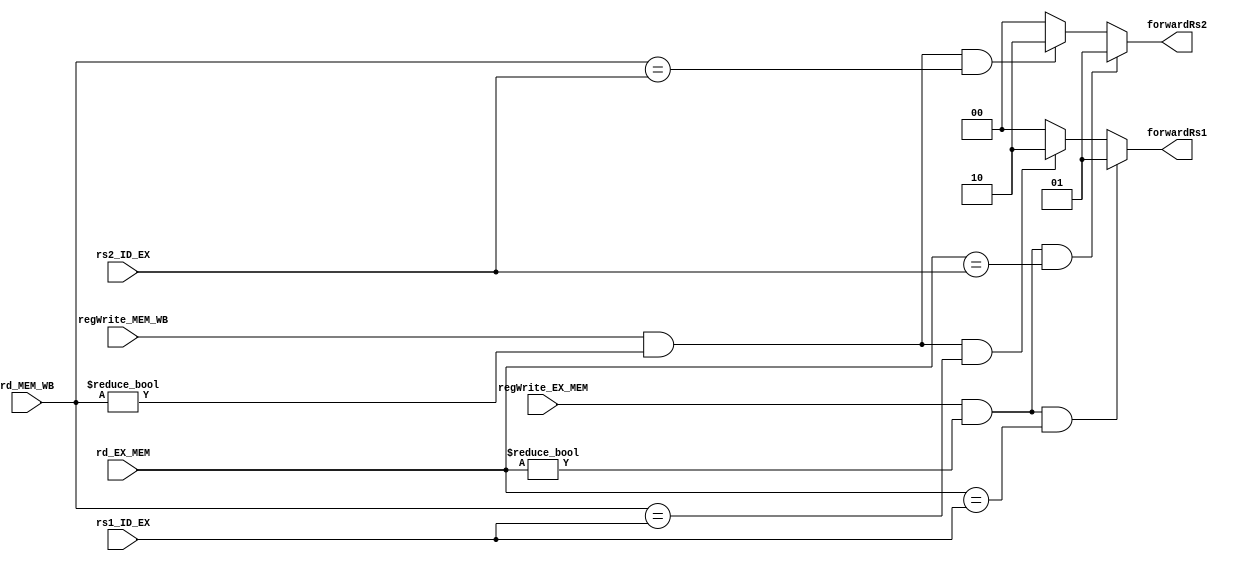
module Forwarding_unit(forwardRs1,forwardRs2,rs1_ID_EX,rs2_ID_EX,rd_EX_MEM,rd_MEM_WB,
                       regWrite_EX_MEM,regWrite_MEM_WB);
output reg [1:0]forwardRs1,forwardRs2;
input [4:0]rs1_ID_EX,rs2_ID_EX,rd_EX_MEM,rd_MEM_WB;
input regWrite_EX_MEM,regWrite_MEM_WB;

always@(*)
begin
if      (regWrite_EX_MEM==1 && rd_EX_MEM!=5'b00000 && rd_EX_MEM==rs1_ID_EX) forwardRs1=2'b01;
else if (regWrite_MEM_WB==1 && rd_MEM_WB!=5'b00000 && rd_MEM_WB==rs1_ID_EX) forwardRs1=2'b10;
else forwardRs1=2'b00;
end

always@(*)
begin
if      (regWrite_EX_MEM==1 && rd_EX_MEM!=5'b00000 && rd_EX_MEM==rs2_ID_EX) forwardRs2=2'b01;
else if (regWrite_MEM_WB==1 && rd_MEM_WB!=5'b00000 && rd_MEM_WB==rs2_ID_EX) forwardRs2=2'b10;
else forwardRs2=2'b00;
end

endmodule